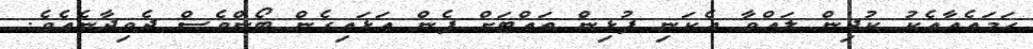
ހަމައެއާއެކު ކުދިން ލައްވާ އެކަނި ފުޅިން ތައްޓަށް ފެން އަޅައިގެން ބޯންވެސް ދެވިދާނެއެވެ.